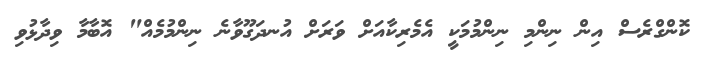
ކޮންގްރެސް އިން ނިންމި ނިންމުމަކީ އެމެރިކާއަށް ވަރަށް އުނދަގޫވާނެ ނިންމުމެއް" އޮބާމާ ވިދާޅުވި